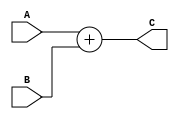
module parameterized #(parameter WIDTH = 32) (A,B,C);

    input [WIDTH-1:0] A,B;
    output [WIDTH-1:0] C;


        //basically we write the code of ADDER to check the working of parameter in module
    assign C = A + B;

endmodule